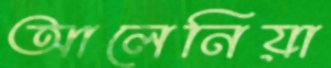
আলেনিয়া